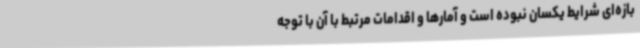
بازه‌ای شرایط یکسان نبوده است و آمارها و اقدامات مرتبط با آن با توجه